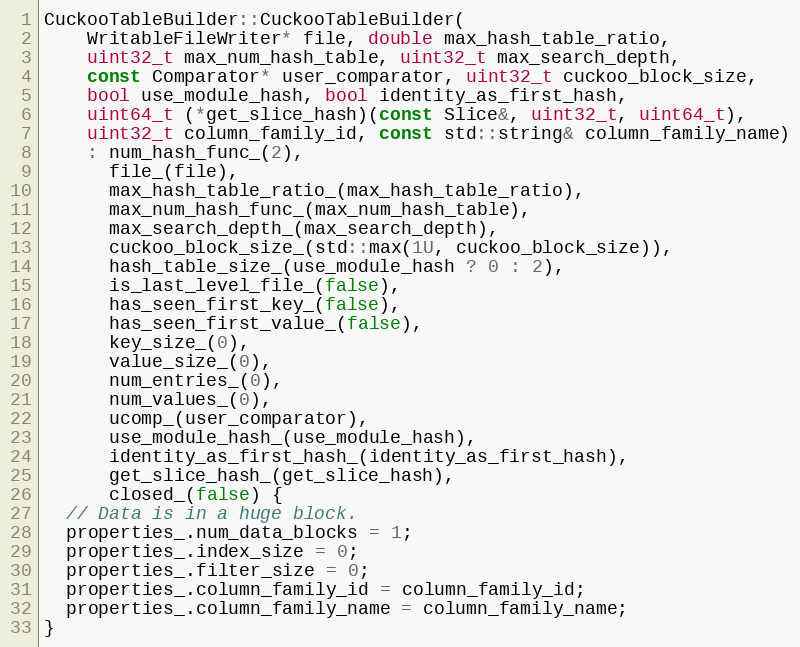
Language: C++
CuckooTableBuilder::CuckooTableBuilder(
    WritableFileWriter* file, double max_hash_table_ratio,
    uint32_t max_num_hash_table, uint32_t max_search_depth,
    const Comparator* user_comparator, uint32_t cuckoo_block_size,
    bool use_module_hash, bool identity_as_first_hash,
    uint64_t (*get_slice_hash)(const Slice&, uint32_t, uint64_t),
    uint32_t column_family_id, const std::string& column_family_name)
    : num_hash_func_(2),
      file_(file),
      max_hash_table_ratio_(max_hash_table_ratio),
      max_num_hash_func_(max_num_hash_table),
      max_search_depth_(max_search_depth),
      cuckoo_block_size_(std::max(1U, cuckoo_block_size)),
      hash_table_size_(use_module_hash ? 0 : 2),
      is_last_level_file_(false),
      has_seen_first_key_(false),
      has_seen_first_value_(false),
      key_size_(0),
      value_size_(0),
      num_entries_(0),
      num_values_(0),
      ucomp_(user_comparator),
      use_module_hash_(use_module_hash),
      identity_as_first_hash_(identity_as_first_hash),
      get_slice_hash_(get_slice_hash),
      closed_(false) {
  // Data is in a huge block.
  properties_.num_data_blocks = 1;
  properties_.index_size = 0;
  properties_.filter_size = 0;
  properties_.column_family_id = column_family_id;
  properties_.column_family_name = column_family_name;
}